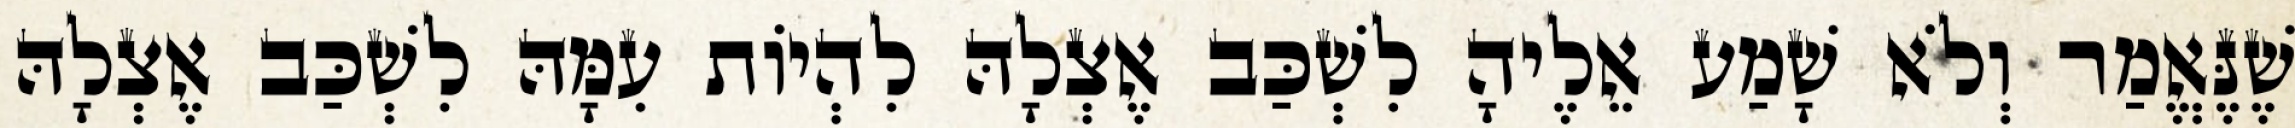
שֶׁנֶּאֱמַר וְלֹא שָׁמַע אֵלֶיהָ לִשְׁכַּב אֶצְלָהּ לִהְיוֹת עִמָּהּ לִשְׁכַּב אֶצְלָהּ